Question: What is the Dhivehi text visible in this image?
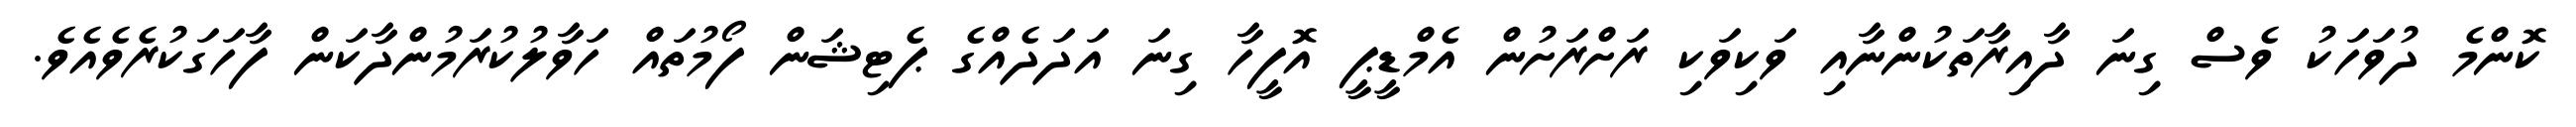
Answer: ކޮންމެ ދުވަހަކު ވެސް ގިނަ ދާއިރާތަކުންނާއި ވަކިވަކި ރަށްރަށުން އެމްޑީޕީ އޮފީހާ ގިނަ އަދަދެއްގެ ޕެޓިޝަން ފޯމުތައް ހަވާލުކުރަމުންދާކަން ފާހަގަކުރެވެއެވެ.